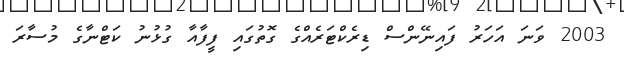
2003 ވަނަ އަހަރު ފައިނޭންސް ޑިރެކްޓަރެއްގެ ގޮތުގައި ފީފާއާ ގުޅުނު ކަޓްނާގެ މުސާރަ